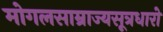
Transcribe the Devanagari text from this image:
मोगलसाम्राज्यसूत्रधारो